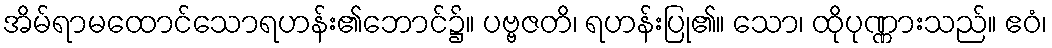
အိမ်ရာမထောင်သောရဟန်း၏ဘောင်၌။ ပဗ္ဗဇတိ၊ ရဟန်းပြု၏။ သော၊ ထိုပုဏ္ဏားသည်။ ဧဝံ၊